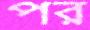
পর